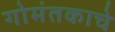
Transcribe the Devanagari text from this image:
गोमंतकाचे